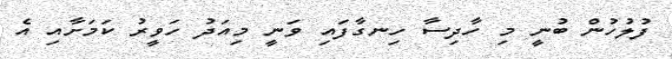
ފުލުހުން ބުނީ މި ހާދިސާ ހިނގާފައި ވަނީ މިއަދު ހަވީރު ކަމަށާއި އެ